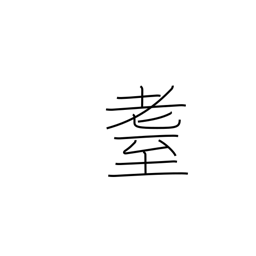
Meaning: elderly